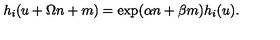
h _ { i } ( u + \Omega n + m ) = \exp ( \alpha n + \beta m ) h _ { i } ( u ) .